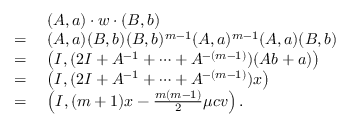
\begin{array} { r l } & { ( A , \boldsymbol { a } ) \cdot w \cdot ( B , \boldsymbol { b } ) } \\ { = \; } & { ( A , \boldsymbol { a } ) ( B , \boldsymbol { b } ) ( B , \boldsymbol { b } ) ^ { m - 1 } ( A , \boldsymbol { a } ) ^ { m - 1 } ( A , \boldsymbol { a } ) ( B , \boldsymbol { b } ) } \\ { = \; } & { \left( I , ( 2 I + A ^ { - 1 } + \cdots + A ^ { - ( m - 1 ) } ) ( A \boldsymbol { b } + \boldsymbol { a } ) \right) } \\ { = \; } & { \left( I , ( 2 I + A ^ { - 1 } + \cdots + A ^ { - ( m - 1 ) } ) \boldsymbol { x } \right) } \\ { = \; } & { \left( I , ( m + 1 ) \boldsymbol { x } - \frac { m ( m - 1 ) } { 2 } \mu c \boldsymbol { v } \right) . } \end{array}